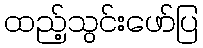
ထည့်သွင်းဖော်ပြ